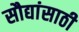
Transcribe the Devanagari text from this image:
सौद्यांसाठी